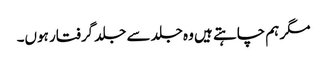
مگر ہم چاہتے ہیں وہ جلد سے جلد گرفتار ہوں۔